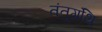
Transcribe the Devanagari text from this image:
तंतुग्रंथि